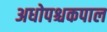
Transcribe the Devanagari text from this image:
अधोपश्चकपाल